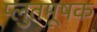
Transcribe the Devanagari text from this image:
प्लुतमूषक